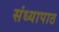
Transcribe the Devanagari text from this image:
संध्यापाठ